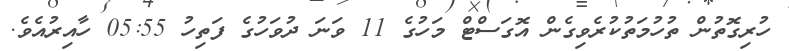
ހުރިގޮތުން ތުހުމަތުކުރެވިގެން އޮގަސްޓް މަހުގެ 11 ވަނަ ދުވަހުގެ ފަތިހު 05:55 ހާއިރުއެވެ.